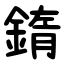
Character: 䤻